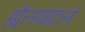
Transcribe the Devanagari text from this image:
ह्येलपाटलं